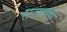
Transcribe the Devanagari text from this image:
सरावाक